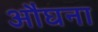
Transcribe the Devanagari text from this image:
औंघना